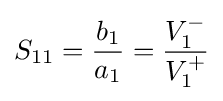
S_{11}={\frac {b_{1}}{a_{1}}}={\frac {V_{1}^{-}}{V_{1}^{+}}}